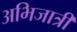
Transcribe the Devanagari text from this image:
अभिजात्री